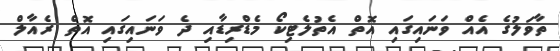
ތާވަލުގެ އެއް ވަނައިގައި އޮތް އެތުލެޓިކޯ މެޑްރިޑާއި ދެ ވަނައިގައި އޮތް ރެއާލް